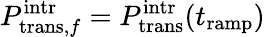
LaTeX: P_{\mathrm{trans},f}^{\mathrm{intr}}=P_{\mathrm{trans}}^{\mathrm{intr}}(t_{\mathrm{ramp}})